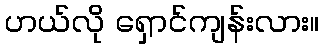
ဟယ်လို ရှောင်ကျန်းလား။